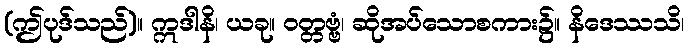
(ဤပုဒ်သည်)။ ဣဒါနိ၊ ယခု။ ဝတ္တဗ္ဗံ၊ ဆိုအပ်သောစကား၌။ နိဒေဿသိ၊